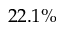
2 2 . 1 \%